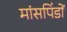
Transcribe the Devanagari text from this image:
मांसपिंडों